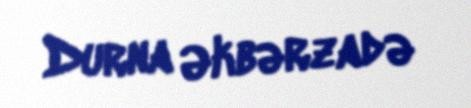
Durna Əkbərzadə